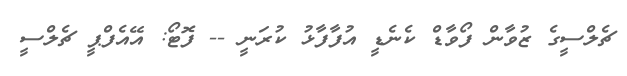
ޗެލްސީގެ ޒުވާން ފޯވާޑް ކެނެޑީ އުފާފާޅު ކުރަނީ -- ފޮޓޯ: އޭއެފްޕީ ޗެލްސީ